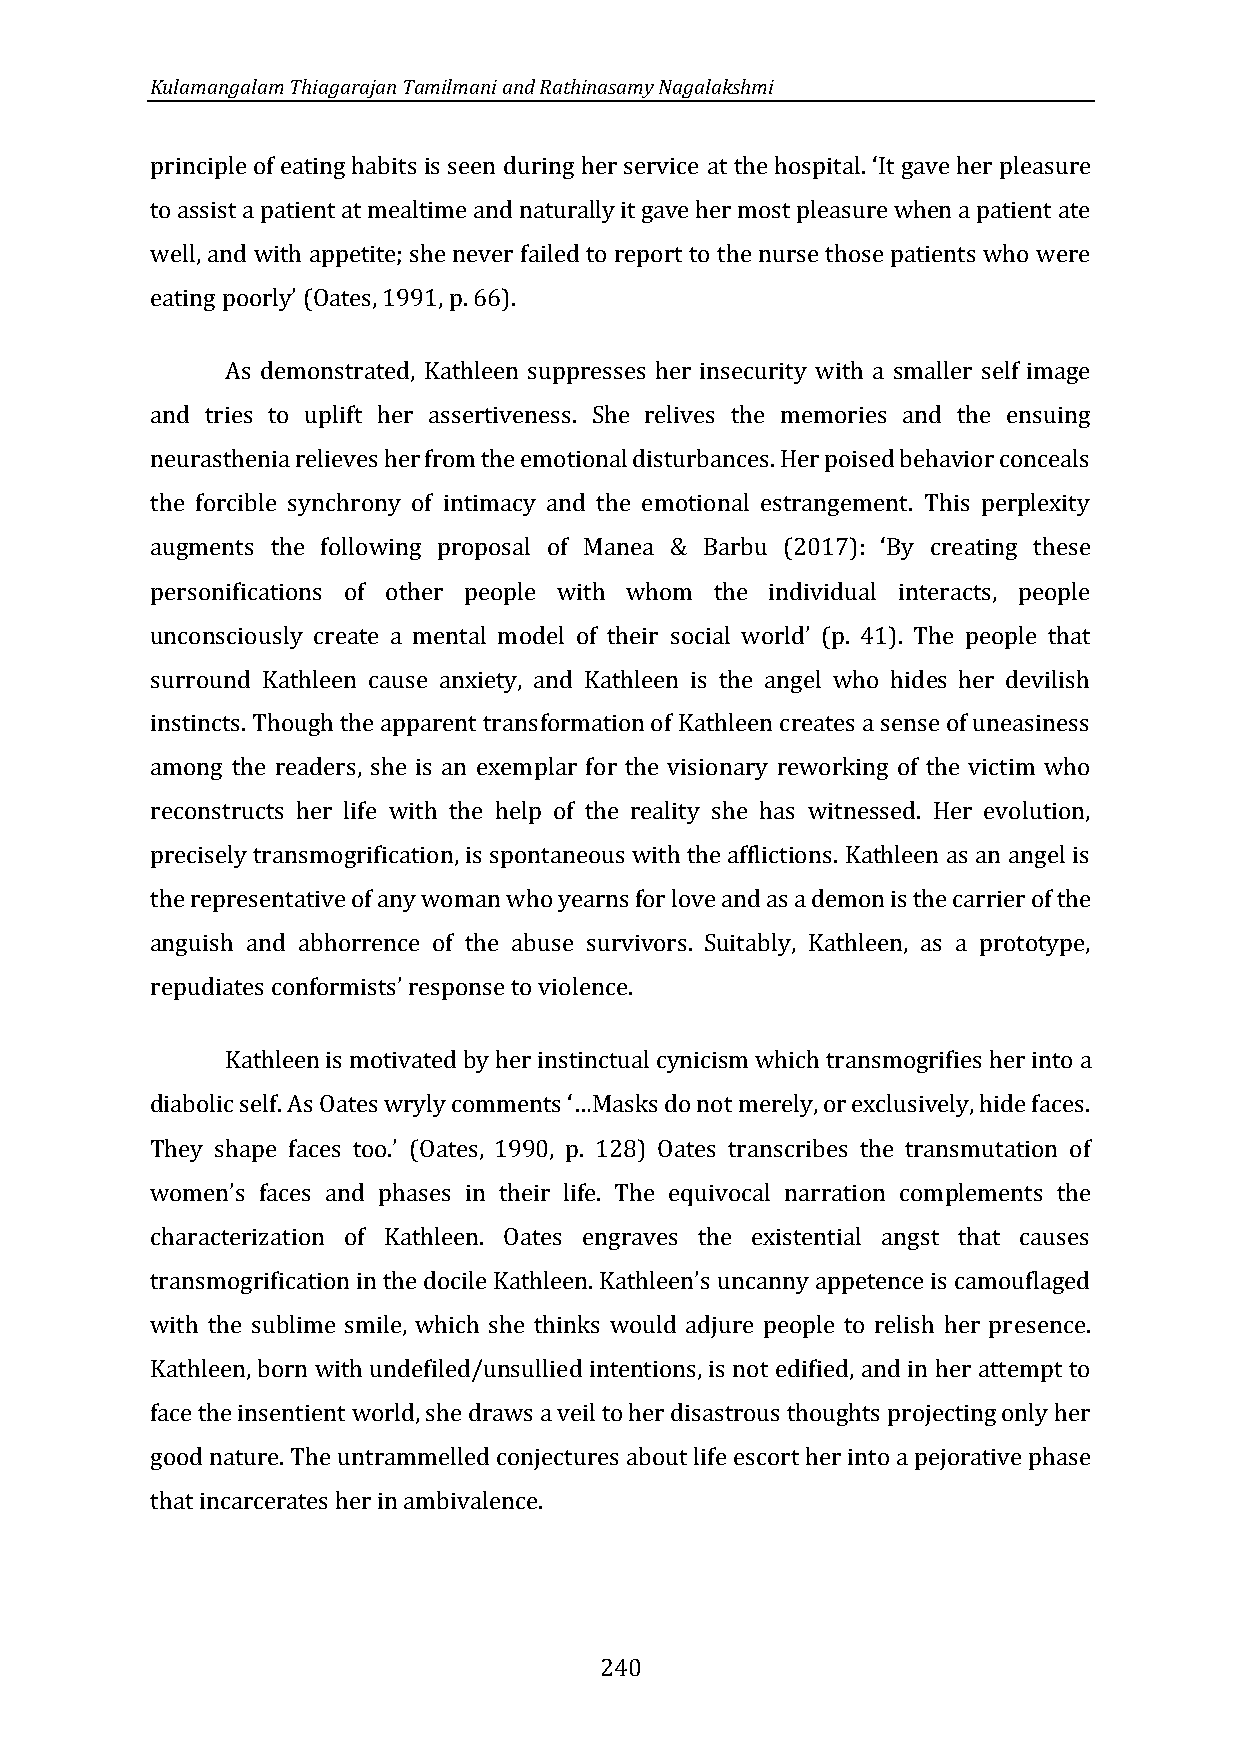
Kulamangalam Thiagarajan Tamilmani and Rathinasamy Nagalakshmi
 principle of eating habits is seen during her service
 to assist a patient at mealtime and naturally it gave her most pleasure when a patient ate
 at the hospital. ‘It gave her pleasure
 well, and with appetite; she never failed to report to the nurse those patients who were
 eating poorly’ (Oates, 1991, p. 66).
 As demonstrated, Kathleen suppresses her insecurity with a smaller self image
 and tries to uplift her assertiveness. She relives the memories and the ensuing
 neurasthenia relieves her from the emotional disturbances. Her poised behavior conceals
 the forcible synchrony of intimacy and the emotional estrangement. This perplexity
 augments the following proposal of Manea &
 personifications of other people with whom the individual interacts, people
 Barbu (2017): ‘By creating these
 unconsciously create a mental m
 surround Kathleen cause anxiety, and Kathleen is the angel who hides her devilish
 odel of their social world’ (p. 41). The people that
 instincts. Though the apparent transformation of Kathleen creates a sense of uneasiness
 among the readers, she is an exemplar for the visionary reworking of the victim who
 reconstructs her life with the help of the reality she has witnessed. Her evolution,
 precisely transmogrification, is spontaneous with the afflictions. Kathleen as an angel is
 the representative of any woman who yearns for love and as a demon is the carrier of the
 anguish and abhorrence of the abuse survivors. Suitably, Kathleen, as a prototype,
 repudiates conformists’ response to violence.
 Kathleen is motivated by her instinctual cynicism which transmogrifies her into a
 diabolic self. As Oates wryly comments ‘…Masks do not merely, or exclusively, hide faces.
 plements the
 They shape faces too.’ (Oates, 1990, p. 128) Oates transcribes the transmutation of
 characterization of Kathleen. Oates engraves the existential angst that causes
 women’s faces and phases in their life. The equivocal narration com
 with the sublime smile, which she thinks would adjure people to relish her presence.
 transmogrification in the docile Kathleen. Kathleen’s uncanny appetence is camouflaged
 Kathleen, born with undefiled/unsullied intentions, is not edified, and in her attempt to
 face the insentient world, she draws a veil to her disastrous thoughts projecting only her
 good nature. The untrammelled conjectures about life escort her into a pejorative phase
 that incarcerates her in ambivalence.
 240